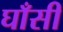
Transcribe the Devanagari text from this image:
घाँसी